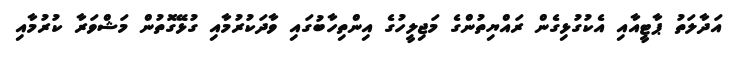
އަދާލަތު ޕާޓީއާއި އެކުގުޅިގެން ރައްޔިތުންގެ މަޖިލީހުގެ އިންތިހާބުގައި ވާދަކުރުމާއި ގުޅޭގޮތުން މަޝްވަރާ ކުރުމާއި